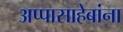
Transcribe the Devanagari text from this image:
अप्पासाहेबांना